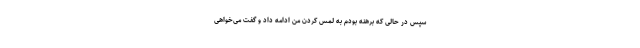
سپس در حالی که برهنه بودم به لمس کردن من ادامه داد و گفت می‌خواهی